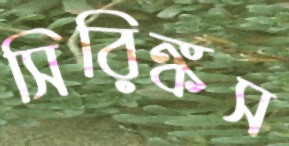
সিরিঙ্কস